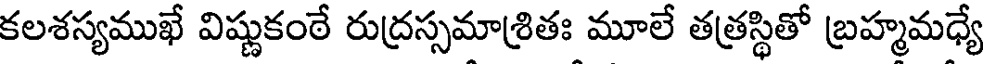
కలశస్యముఖే విష్ణుకంఠే రుద్రస్సమాశ్రితః మూలే తత్రస్థితో బ్రహ్మమధ్యే